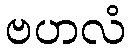
ဗဟလံ